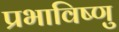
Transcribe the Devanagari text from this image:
प्रभाविष्णु